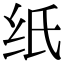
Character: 纸